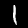
Digit: 1